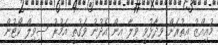
މުއިއްޒު އިތުރަށް ވިދާޅުވީ ވިލާ އިން އެދުނު ވަގުތީ އަމުރު ސިވިލް ކޯޓުން